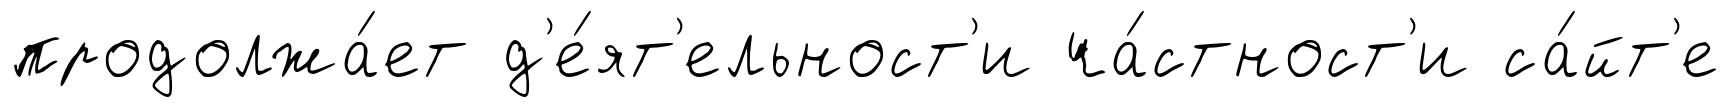
продолжа́ет д'е́ят'ельност'и ча́стност'и са́йт'е